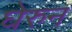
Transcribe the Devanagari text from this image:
घेरुन